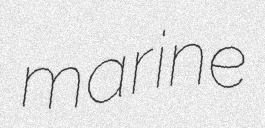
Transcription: marine